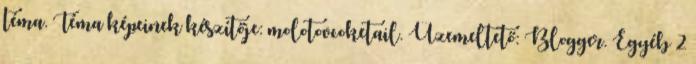
téma. Téma képeinek készítője: molotovcoketail. Üzemeltető: Blogger. Egyéb 2